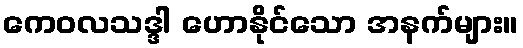
ကေဝလသဒ္ဒါ ဟောနိုင်သော အနက်များ။